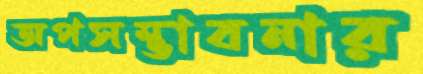
অপসম্ভাবনার